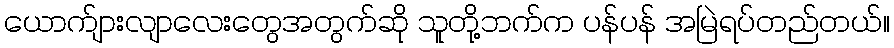
ယောက်ျားလျာလေးတွေအတွက်ဆို သူတို့ဘက်က ပန်ပန် အမြဲရပ်တည်တယ်။